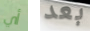
أي بعد